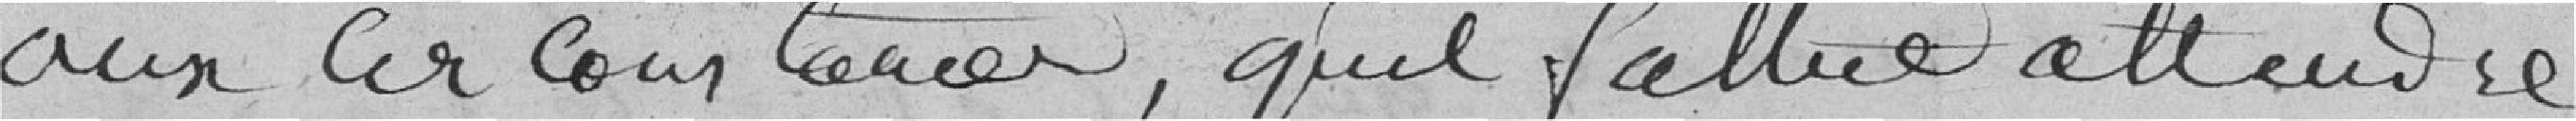
aux circonstances, qu'il fallut attendre